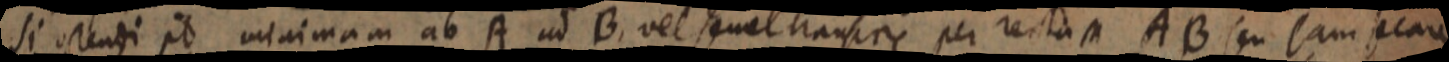
si ostendi pt minimam ab A ad B. vel semel transire per rectam AB seu eam secare